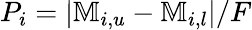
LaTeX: P_{i}=|\mathbb{M}_{i,u}-\mathbb{M}_{i,l}|/F